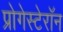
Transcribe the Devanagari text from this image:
प्रोगेस्टेरॉन